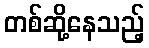
တစ်ဆို့နေသည့်